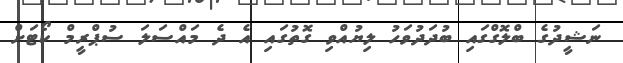
ނަޝީދުގެ ބްލޮގްގައި ބުދަދުވަހު ލިޔުއްވި ގޮތުގައި އެ ދެ މައްސަލަ ސުޕްރީމް ކޯޓަށް